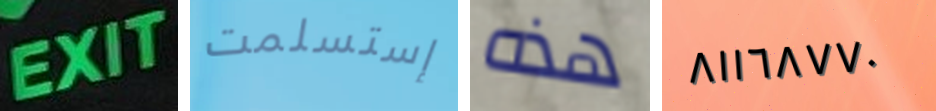
EXIT إستسلمت هذه ٨١١٦٨٧٧٠